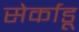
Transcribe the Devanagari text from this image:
सेर्काडू